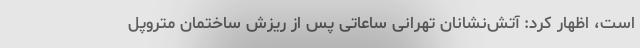
است، اظهار کرد: آتش‌نشانان تهرانی ساعاتی پس از ریزش ساختمان متروپل